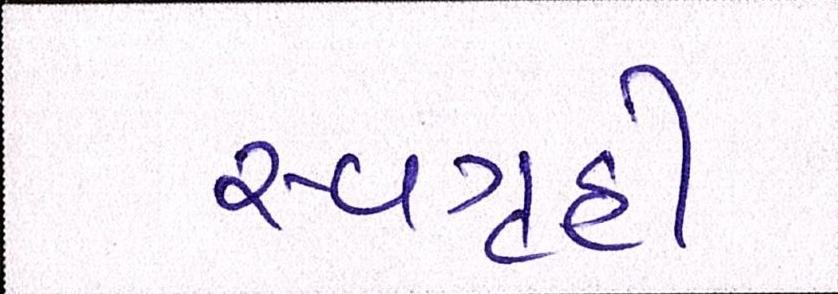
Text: સ્વગૃહી